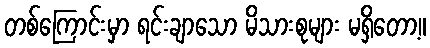
တစ်ကြောင်းမှာ ရင်းချာသော မိသားစုများ မရှိတော့။